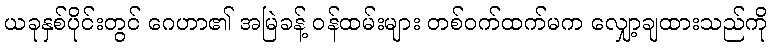
ယခုနှစ်ပိုင်းတွင် ဂေဟာ၏ အမြဲခန့် ဝန်ထမ်းများ တစ်ဝက်ထက်မက လျှော့ချထားသည်ကို